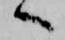
へ